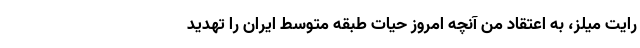
رایت میلز، به اعتقاد من آنچه امروز حیات طبقه متوسط ایران را تهدید